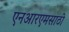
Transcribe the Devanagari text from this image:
एनआरएमसाठी